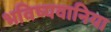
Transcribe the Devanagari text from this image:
भविष्यवानिया